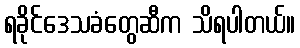
ရခိုင်ဒေသခံတွေဆီက သိရပါတယ်။